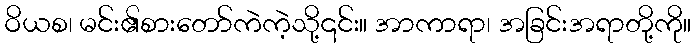
ဝိယစ၊ မင်း၏စားတော်ကဲကဲ့သို့၎င်း။ အာကာရာ၊ အခြင်းအရာတို့ကို။